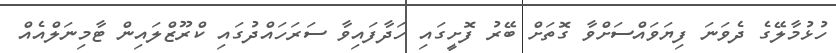
ހުޅުމާލޭގެ ދެވަނަ ފިޔަވައްސަށްވާ ގޮތަށް ބޭރު ފޮށީގައި ހަދާފައިވާ ސަރަހައްދުގައި ކްރޫޒްލައިން ޓާމިނަލްއެއް